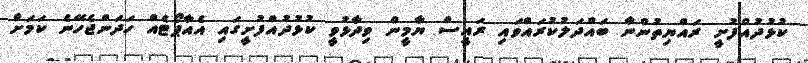
ކުޅުދުއްފުށީ ރައްޔިތުންނާ ބައްދަލުކުރައްވައި ރައީސް ޔާމީން ވިދާޅުވީ ކުޅުދުއްފުށީގައި އެއާޕޯޓެއް ހަދަންޖެހޭނެ ކަމަށް